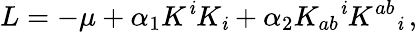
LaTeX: L=-\mu+\alpha_{1}K^{\mathit{i}}K_{\mathit{i}}+\alpha_{2}K_{ab}{}^{\mathit{i}}K^{ab}{}_{\mathit{i}}\, ,